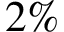
2 \%